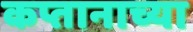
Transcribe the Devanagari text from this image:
कप्तानाच्या